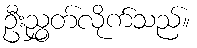
ဦးညွှတ်လိုက်သည်။